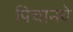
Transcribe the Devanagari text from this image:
पिचानवे